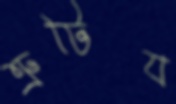
ত্রুটিয